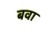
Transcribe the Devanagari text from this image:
बवा